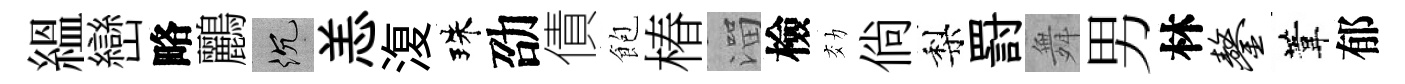
緼巒略鸝沉恙𣸪珠劭債飽椿溜檢効倘梨罸舞男林鏊葦郁